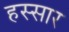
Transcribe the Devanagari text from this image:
हस्सार